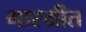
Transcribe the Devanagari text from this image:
मारग्रीत